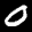
Label: 0